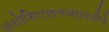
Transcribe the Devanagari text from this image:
असोसिएशनच्यावतीने